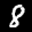
Label: 8